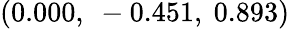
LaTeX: \left(0.000,\ -0.451,\ 0.893\right)